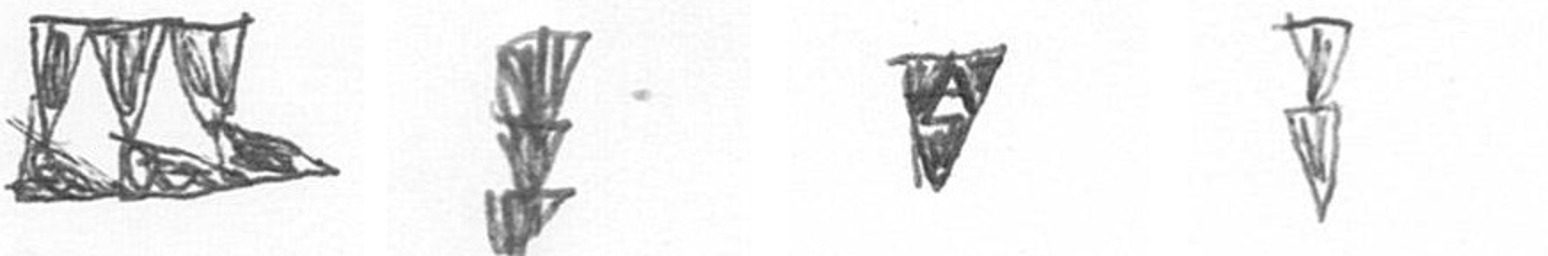
D E S Z